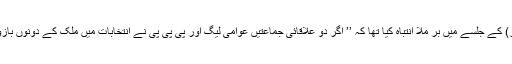
اس لیے ترجمان حقیقت سید ابو الا علیٰ مودودی نے اکتوبر 1970 ء میں نہرو پارک ( سنّت نگر لاہور) کے جلسے میں بر ملا انتباہ کیا تھا کہ ’’ اگر دو علاقائی جماعتیں عوامی لیگ اور پی پی پی نے انتخابات میں ملک کے دونوں بازوؤں میں الگ الگ اکثریت حاصل کرلی تو پاکستان کے متحد رہنے کی کوئی وجہ باقی نہیں رہے گی ۔